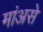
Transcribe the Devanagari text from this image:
मांअसे